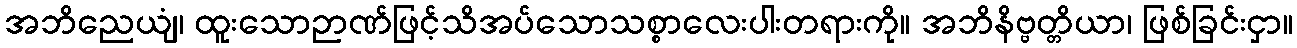
အဘိညေယျံ၊ ထူးသောဉာဏ်ဖြင့်သိအပ်သောသစ္စာလေးပါးတရားကို။ အဘိနိဗ္ဗတ္တိယာ၊ ဖြစ်ခြင်းငှာ။